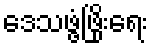
ဒေသဖွံ့ဖြိုးရေး